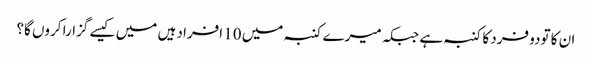
ان کا تودو فرد کا کنبہ ہے جبکہ میرے کنبہ میں 10 افراد ہیں میں کیسے گزارا کروں گا؟